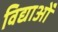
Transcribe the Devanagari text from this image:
विद्याओँ